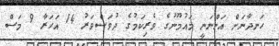
ހަނދާނަށް އަންނަނީ މައުމޫނުގެ ވެރިކަމުގެ ދުވަސްވަރު 14 އަހަރާ 9 މަސް